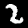
Label: 2